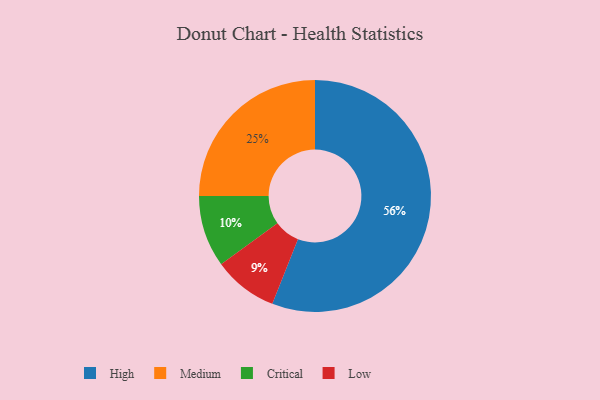
{"axis": {"x": "Category", "y": "Percentage"}, "legend": ["Critical", "High", "Low", "Medium"], "data": [{"x": "Low", "y": 9, "type": "Low"}, {"x": "Critical", "y": 10, "type": "Critical"}, {"x": "High", "y": 56, "type": "High"}, {"x": "Medium", "y": 25, "type": "Medium"}]}